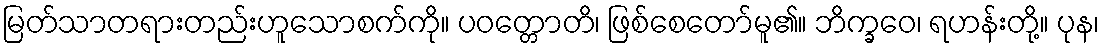
မြတ်သာတရားတည်းဟူသောစက်ကို။ ပဝတ္တောတိ၊ ဖြစ်စေတော်မူ၏။ ဘိက္ခဝေ၊ ရဟန်းတို့။ ပုန၊